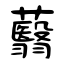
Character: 蘙